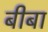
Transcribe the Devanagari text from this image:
बीबा